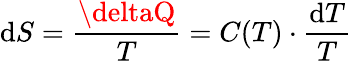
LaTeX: \mathrm{d}S=\frac{{\deltaQ}}{{T}}=C(T)\cdot\frac{{\mathrm{d}T}}{{T}}